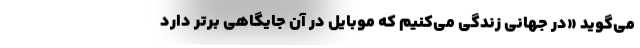
می‌گوید «در جهانی زندگی می‌کنیم که موبایل در آن جایگاهی برتر دارد